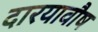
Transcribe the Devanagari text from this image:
दारयावौष